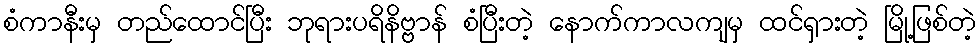
စံကာနီးမှ တည်ထောင်ပြီး ဘုရားပရိနိဗ္ဗာန် စံပြီးတဲ့ နောက်ကာလကျမှ ထင်ရှားတဲ့ မြို့ဖြစ်တဲ့